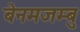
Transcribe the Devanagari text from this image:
बेनमजम्बु